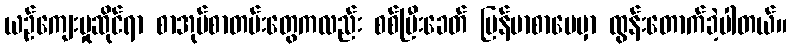
ယဉ်ကျေးမှုဆိုင်ရာ စာအုပ်စာတမ်းတွေကလည်း စစ်ပြီးခေတ် မြန်မာစာပေမှာ ထွန်းတောက်ခဲ့ပါတယ်။